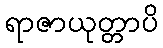
ရာဇာယုတ္တာပိ